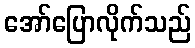
အော်ပြောလိုက်သည်